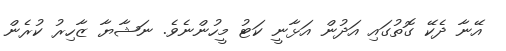
އޭނާ ދެކޭ ގޮތުގައި އަދުން އަޅާނީ ކަޓު މީހުންނެވެ. ނަޝާޔާ ޒާހިރު ކުރެން